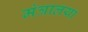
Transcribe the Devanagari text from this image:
मंत्रालया